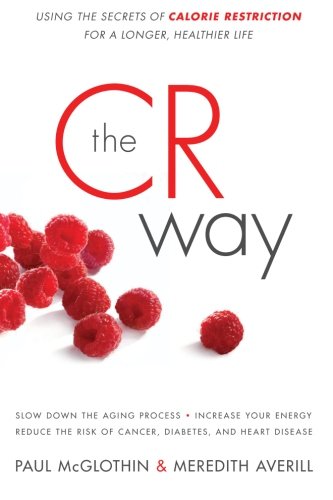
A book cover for The CR Way: Using the Secrets of Calorie Restriction for a Longer, Healthier Life; Paul McGlothin; Health, Fitness & Dieting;